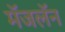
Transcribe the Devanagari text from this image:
मॅजलॅन